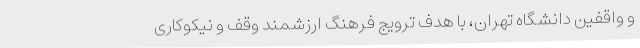
و واقفین دانشگاه تهران، با هدف ترویج فرهنگ ارزشمند وقف و نیکوکاری